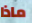
ماذا